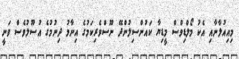
މިއިއުލާނާއި އެކު މޯލްޑިވްސް މީޑިޔާ ކައުންސިލުންދޭ ނޫސްވެރިކަމުގެ އިނާމު ދިނުމުގެ އުސޫލުވެސް ވަނީ